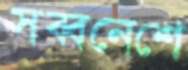
সব্বনেশে